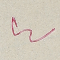
٤